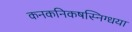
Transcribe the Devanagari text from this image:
कनकनिकषस्निग्धया